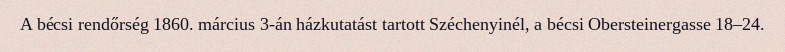
A bécsi rendőrség 1860. március 3-án házkutatást tartott Széchenyinél, a bécsi Obersteinergasse 18–24.